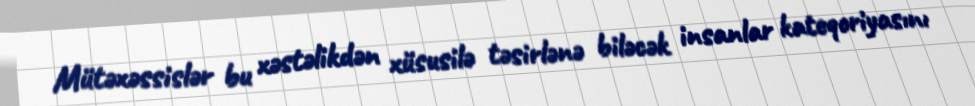
Mütəxəssislər bu xəstəlikdən xüsusilə təsirlənə biləcək insanlar kateqoriyasını